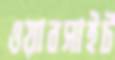
ওয়াবসাইট